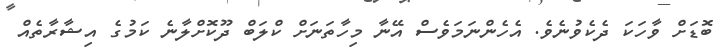
ބޮޑަށް ވާހަކަ ދެކެވުނެވެ. އެހެންނަމަވެސް އޭނާ މިހާތަނަށް ކްލަބް ދޫކޮށްލާނެ ކަމުގެ އިޝާރާތެއް